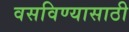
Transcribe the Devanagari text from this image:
वसविण्यासाठी